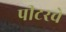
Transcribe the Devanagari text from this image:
पीटरचे